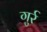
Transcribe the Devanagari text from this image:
गुर्र